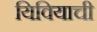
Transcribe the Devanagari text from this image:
यिवियाची